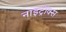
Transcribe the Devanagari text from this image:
नाइट्रॉक्स